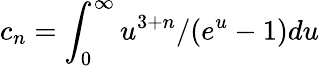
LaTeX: c_{n}=\int_{0}^{\infty}u^{3+n}/(e^{u}-1)du